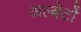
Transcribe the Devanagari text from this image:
अल्बेर्टो